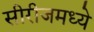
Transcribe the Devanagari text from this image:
सीरीजमध्ये